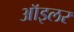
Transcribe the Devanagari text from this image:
ऑइलर